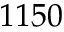
1 1 5 0